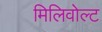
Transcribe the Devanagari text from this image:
मिलिवोल्ट